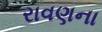
રાવણના